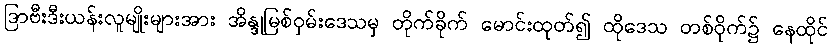
ဒြာဗီးဒီးယန်းလူမျိုးများအား အိန္ဒုမြစ်ဝှမ်းဒေသမှ တိုက်ခိုက် မောင်းထုတ်၍ ထိုဒေသ တစ်ဝိုက်၌ နေထိုင်